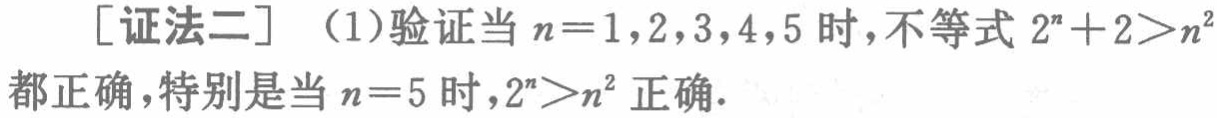
[证法二] （1）验证当 \(n = 1,2,3,4,5\) 时，不等式 \(2^{n}+2>n^{2}\) 都正确，特别是当 \(n = 5\) 时，\(2^{n}>n^{2}\) 正确.